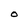
Character: O